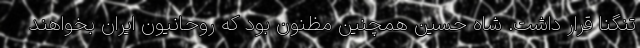
تنگنا قرار داشت. شاه حسین همچنین مظنون بود که روحانیون ایران بخواهند